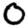
Digit: 0